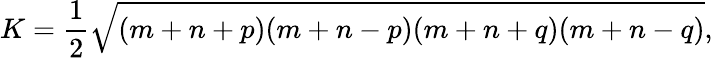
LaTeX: K={\frac{1}{2}}{\sqrt{(m+n+p)(m+n-p)(m+n+q)(m+n-q)}},